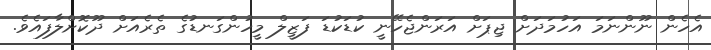
އެހެން ނޫންނަމަ އަހުމަދަށް ޖިޕަށް އަރަންޖެހޭނީ ކުޑަކުޑަ ފަޒީލް މީހުންގަނޑުގެ ތެރެއަށް ދޫކޮށްލާފައެވެ.